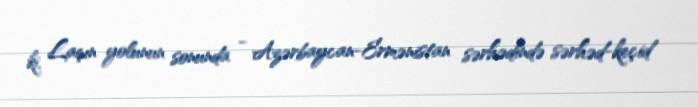
ki, Laçın yolunun sonunda - Azərbaycan-Ermənistan sərhədində sərhəd-keçid